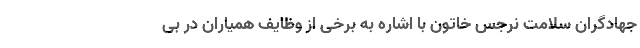
جهادگران سلامت نرجس خاتون با اشاره به برخی از وظایف همیاران در بی